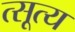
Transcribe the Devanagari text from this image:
त्सूत्य